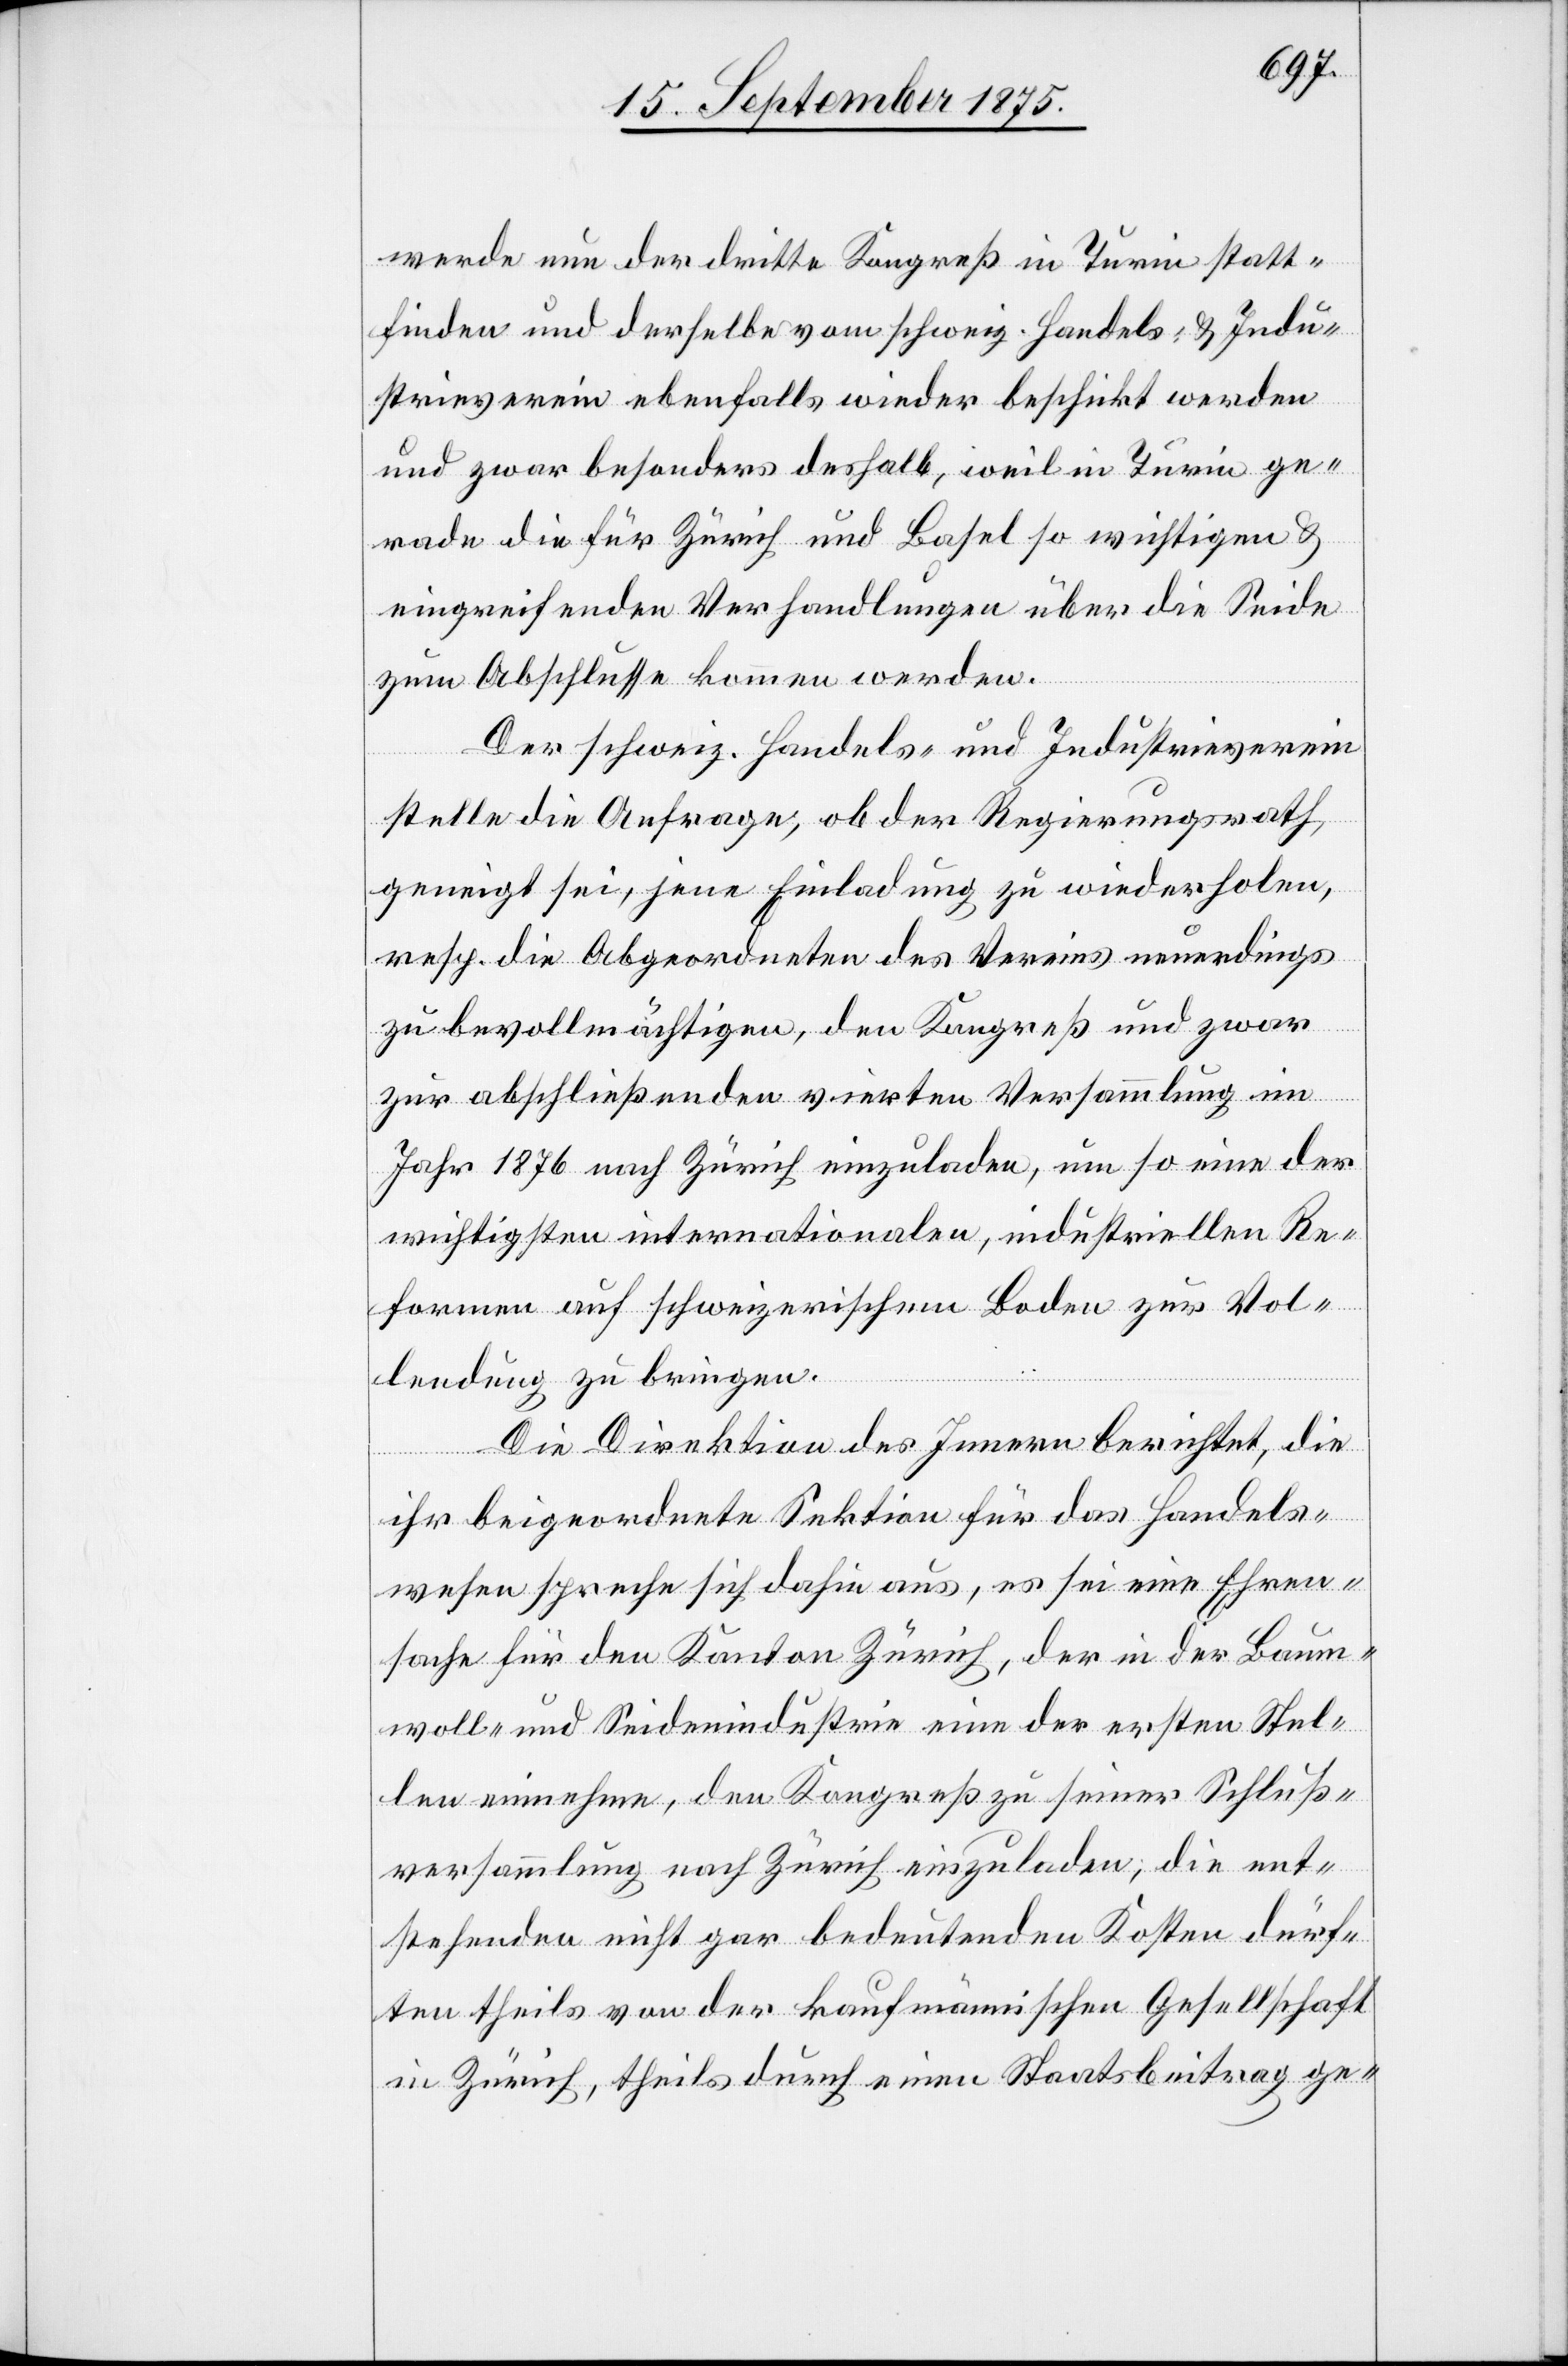
werde nun der dritte Kongreß in Turin statt¬
finden und derselbe vom schweiz. Handels- & Indu¬
strieverein ebenfalls wieder beschickt werden
und zwar besonders deshalb, weil in Turin ge¬
rade die für Zürich und Basel so wichtigen &
eingreifenden Verhandlungen über die Seide
zum Abschlusse kommen werden.
Der schweiz. Handels- und Industrieverein
stelle die Anfrage, ob der Regierungsrath,
geneigt sei, jene Einladung zu wiederholen,
resp. die Abgeordneten des Vereins neuerdings
zu bevollmächtigen, den Kongreß und zwar
zur abschließenden vierten Versammlung im
Jahr 1876 nach Zürich einzuladen, um so eine der
wichtigsten internationalen, industriellen Re¬
formen auf schweizerischem Boden zur Vol¬
lendung zu bringen.
Die Direktion des Innern berichtet, die
ihr beigeordnete Sektion für das Handels¬
wesen spreche sich dahin aus, es sei eine Ehren¬
sache für den Kanton Zürich, der in der Baum¬
woll- und Seidenindustrie eine der ersten Stel¬
len einnehme, den Kongreß zu seiner Schluß¬
versammlung nach Zürich einzuladen, die ent¬
stehenden nicht gar bedeutenden Kosten dürf¬
ten theils von der kaufmännischen Gesellschaft
in Zürich, theils durch einen Staatsbeitrag ge-